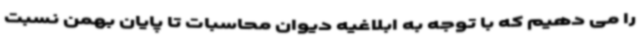
را می دهیم که با توجه به ابلاغیه دیوان محاسبات تا پایان بهمن نسبت